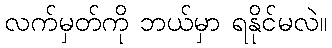
လက်မှတ်ကို ဘယ်မှာ ရနိုင်မလဲ။